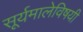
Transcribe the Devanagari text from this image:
सूर्यमालेविषयी